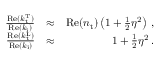
\begin{array} { r l r } { \frac { \mathrm { R e } ( k _ { \mathrm { t } } ^ { \mathrm { T } } ) } { \mathrm { R e } ( k _ { \mathrm { i } } ) } } & { \approx } & { \mathrm { R e } ( n _ { \mathrm { t } } ) \left( 1 + \frac { 1 } { 2 } \eta ^ { 2 } \right) \, , } \\ { \frac { \mathrm { R e } ( k _ { \mathrm { t } } ^ { \mathrm { L } } ) } { \mathrm { R e } ( k _ { \mathrm { i } } ) } } & { \approx } & { 1 + \frac { 1 } { 2 } \eta ^ { 2 } \, . } \end{array}